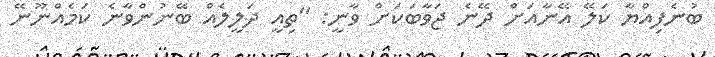
ބުނެފިއްޔާ ކަލޭ އޭނާއަށް ދޭނެ ޖަވާބަކަށް ވާނީ: ''ތިއީ ދަލީލެއް ބޭނުންވާނެ ކަމެއްނޫނޭ